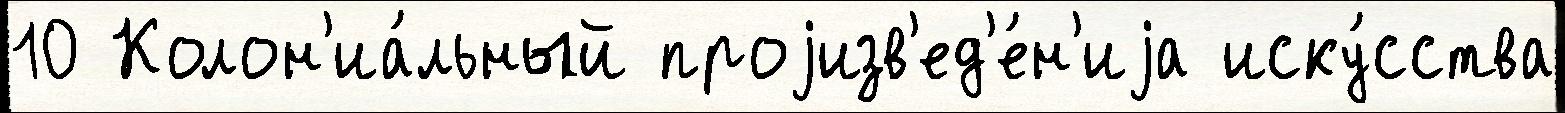
10 Колон'иа́льный проjизв'ед'е́н'иjа иску́сства